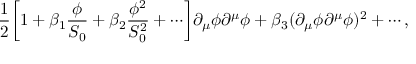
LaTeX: { \frac { 1 } { 2 } } \biggl [ 1 + \beta _ { 1 } { \frac { \phi } { S _ { 0 } } } + \beta _ { 2 } { \frac { \phi ^ { 2 } } { S _ { 0 } ^ { 2 } } } + \cdots \biggr ] \partial _ { \mu } \phi \partial ^ { \mu } \phi + \beta _ { 3 } ( \partial _ { \mu } \phi \partial ^ { \mu } \phi ) ^ { 2 } + \cdots ,